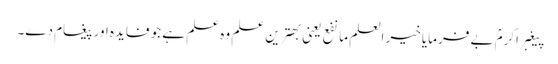
پیغبر اکرمؐ بے فرمایا خیر العلم ما نفع یعنی بھترین علم وہ علم ہے جو فایدہ اور پیغام دے۔